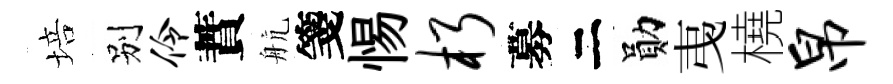
培别伶蕡航箋惕朽募二勛𢎯橈帛